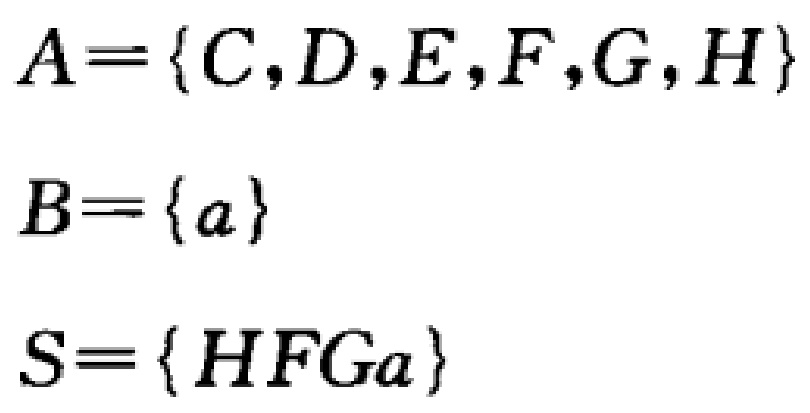
\[

\begin{align*}

A&=\{C,D,E,F,G,H\}\\

B&=\{a\}\\

S&=\{H,F,G,a\}

\end{align*}

\]